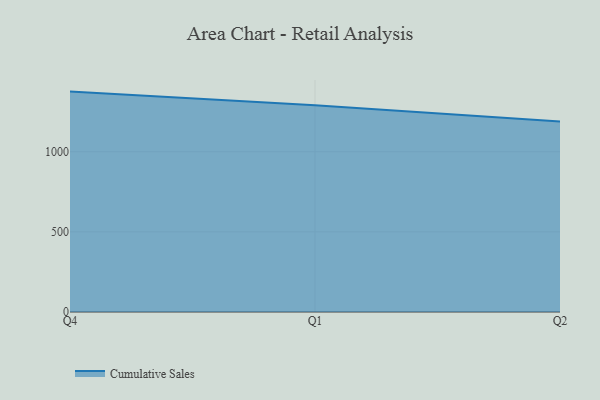
{"axis": {"x": "Quarter", "y": "Page Views"}, "legend": ["Cumulative Sales"], "data": [{"x": "Q4", "y": 1375.2, "type": "Cumulative Sales"}, {"x": "Q1", "y": 1290.4, "type": "Cumulative Sales"}, {"x": "Q2", "y": 1188.1, "type": "Cumulative Sales"}]}